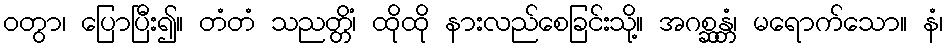
ဝတွာ၊ ပြောပြီး၍။ တံတံ သညတ္တိံ၊ ထိုထို နားလည်စေခြင်းသို့။ အဂစ္ဆန္တံ၊ မရောက်သော။ နံ၊